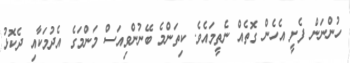
ހުންނަން ފެށީ އެހެން ގޮތެއް ނެތީމައެވެ. ކިތަންމެ ބޭނުންވިއަސް މަންމަގެ އެދުމަކާއި ދެކޮޅު